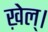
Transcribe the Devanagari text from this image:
ख़ेल्।